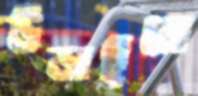
উড়াইলে